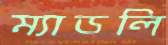
ম্যাডলি